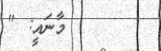
މާނައީ: "